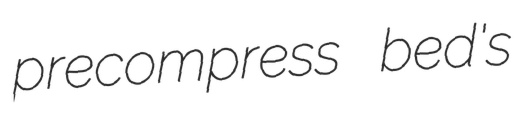
precompress bed's